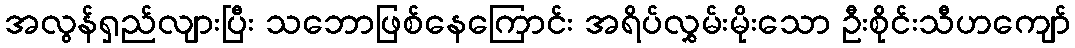
အလွန်ရှည်လျားပြီး သဘောဖြစ်နေကြောင်း အရိပ်လွှမ်းမိုးသော ဦးစိုင်းသီဟကျော်